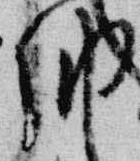
納